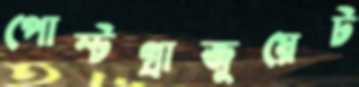
পোস্টগ্রাজুয়েট